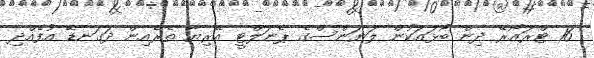
16 ޓްރައޯރޭ ދިން ބޯޅައަކުން ލަޔަންސްގެ ޕެނަލްޓީ އޭރިޔާ ތެރެއިން ދަގަނޑޭ އުފެއްދި